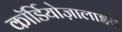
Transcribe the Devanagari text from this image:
कॉर्डियोज़ालाइन